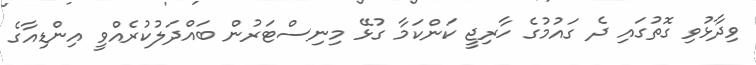
ވިދާޅުވި ގޮތުގައި ދެ ގައުމުގެ ހާރިޖީ ކަންކަމާ ގުޅޭ މިނިސްޓަރުން ބައްދަލުކުރެއްވީ އިންޑިއާގެ